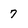
Character: 7